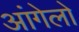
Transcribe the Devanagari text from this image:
आंगेलो